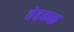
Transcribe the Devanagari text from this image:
वेहकळ